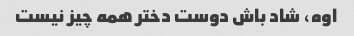
اوه، شاد باش دوست دختر همه چیز نیست